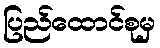
ပြည်ထောင်စုမှ